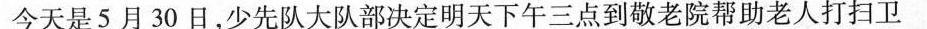
今天是5月30日，少先队大队部决定明天下午三点到敬老院帮助老人打扫卫